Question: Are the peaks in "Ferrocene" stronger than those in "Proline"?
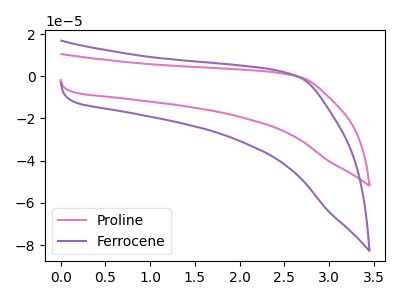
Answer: <think>The pink curve "Proline" has no peaks. The purple curve "Ferrocene" has no peaks.</think>
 <answer>Niether CV has any peaks.</answer>
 <eval>blanks</eval>